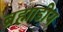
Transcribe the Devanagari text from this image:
ब्रह्माडीय